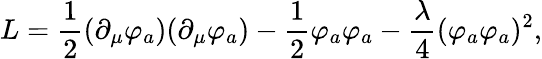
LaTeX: L={\frac{1}{2}}(\partial_{\mu}\varphi_{a})(\partial_{\mu}\varphi_{a})-{\frac{1}{2}}\varphi_{a}\varphi_{a}-{\frac{\lambda}{4}}(\varphi_{a}\varphi_{a})^{2},